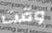
وقت